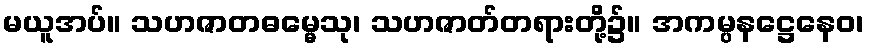
မယူအပ်။ သဟဇာတဓမ္မေသု၊ သဟဇာတ်တရားတို့၌။ အကမ္ပနဋ္ဌေနေဝ၊